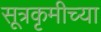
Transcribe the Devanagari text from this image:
सूत्रकृमीच्या